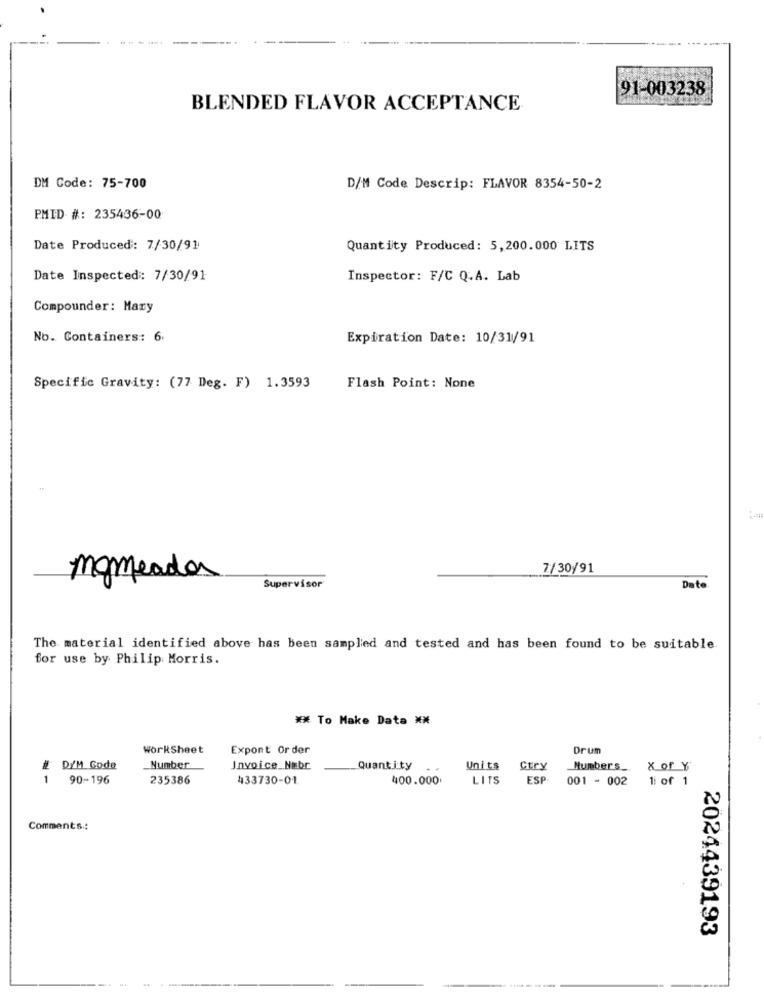
91-003238
BLENDED FLAVOR ACCEPTANCE
DM Code: 75-700
D/M Code Descrip: FLAVOR 8354-50-2
PMID #: 235436-00
Date Produced: 7/30/91
Quantity Produced: 5,200.000 LITS
Date Inspected: 7/30/91
Inspector: F/C Q.A. Lab
Compounder: Mary
No. Containers: 6
Expiration Date: 10/31/91
Specific Gravity: (77 Deg. F) 1.3593
Flash Point: None
7/30/91
nomeados
Supervisor
Date
The material identified above has been sampled and tested and has been found to be suitable.
for use by Philip Morris.
** To Make Data **
WorkSheet
Expont Order
Drum
D/M Gode
Number
Invoice_Nabr
Quantity
Units
Ctry
Numbers_ X_of Y
1
90-196
235386
433730-01.
400.000
LITS
ESP
001 - 002
li of 1
Comments:
2024439193